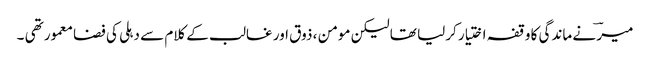
میرؔ نے ماندگی کا وقفہ اختیار کرلیا تھا لیکن مومن ، ذوق اور غالب کے کلام سے دہلی کی فضا معمور تھی ۔